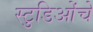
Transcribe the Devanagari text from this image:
स्टुडिओंचे